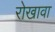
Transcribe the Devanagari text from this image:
रोखावा